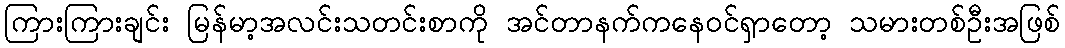
ကြားကြားချင်း မြန်မာ့အလင်းသတင်းစာကို အင်တာနက်ကနေဝင်ရှာတော့ သမားတစ်ဦးအဖြစ်